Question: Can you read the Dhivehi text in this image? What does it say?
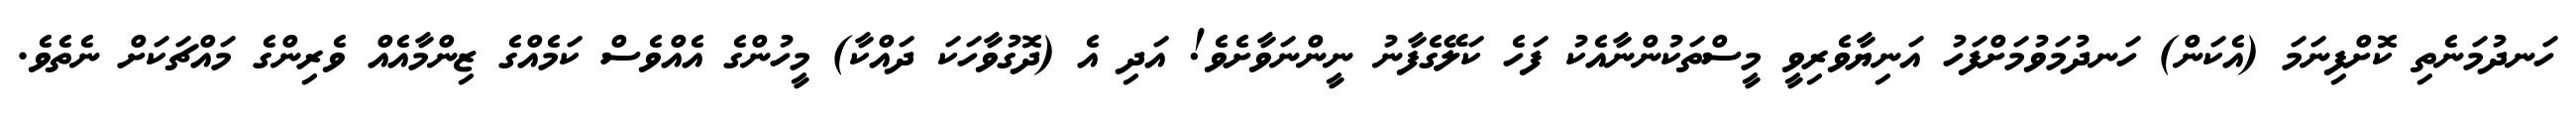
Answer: ހަނދުމަނެތި ކޮށްފިނަމަ (އެކަން) ހަނދުމަވުމަށްފަހު އަނިޔާވެރިވީ މީސްތަކުންނާއެކު ފަހެ ކަލޭގެފާނު ނީންނަވާށެވެ! އަދި އެ (ދޮގުވާހަކަ ދައްކާ) މީހުންގެ އެއްވެސް ކަމެއްގެ ޒިންމާއެއް ވެރިންގެ މައްޗަކަށް ނެތެވެ.